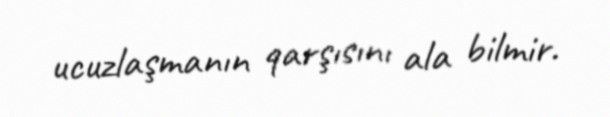
ucuzlaşmanın qarşısını ala bilmir.